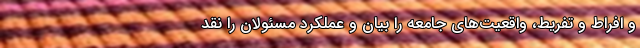
و افراط و تفریط، واقعیت‌های جامعه را بیان و عملکرد مسئولان را نقد